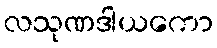
လသုဏဒါယကော